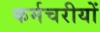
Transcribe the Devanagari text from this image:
कर्मचरीयों